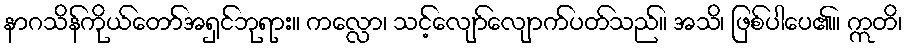
နာဂသိန်ကိုယ်တော်အရှင်ဘုရား။ ကလ္လော၊ သင့်လျော်လျောက်ပတ်သည်။ အသိ၊ ဖြစ်ပါပေ၏။ ဣတိ၊